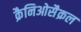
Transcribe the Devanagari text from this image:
क्रैनिओसैक्रल